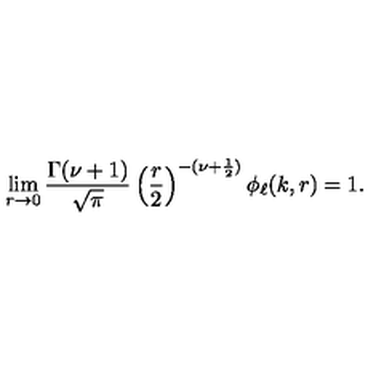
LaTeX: \lim _ { r \to 0 } \frac { \Gamma ( \nu + 1 ) } { \sqrt { \pi } } \left( \frac { r } { 2 } \right) ^ { - ( \nu + \frac { 1 } { 2 } ) } \phi _ { \ell } ( k , r ) = 1 .